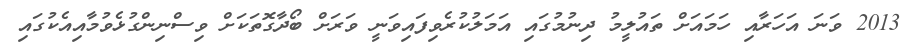
2013 ވަނަ އަހަރާއި ހަމައަށް ތައުލީމު ދިނުމުގައި އަމަލުކުރެވިފައިވަނީ ވަރަށް ބޯދާގޮތަކަށް ވިސްނިންގުޅެވުމާއިއެކުގައި